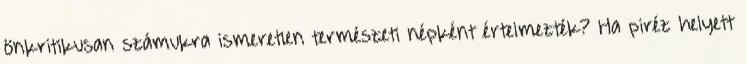
önkritikusan számukra ismeretlen természeti népként értelmezték? Ha piréz helyett